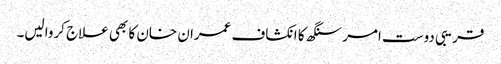
قریبی دوست امر سنگھ کا انکشاف عمران خان کا بھی علاج کروالیں۔